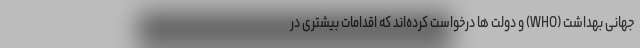
جهانی بهداشت (WHO) و دولت ها درخواست کرده‌اند که اقدامات بیشتری در